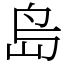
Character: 𡷊